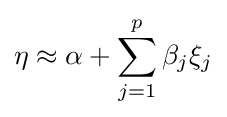
\eta \approx \alpha +\sum _{j=1}^{p}\beta _{j}\xi _{j}